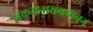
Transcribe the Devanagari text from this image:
संकरानारायणनन